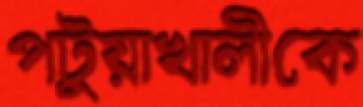
পটুয়াখালীকে